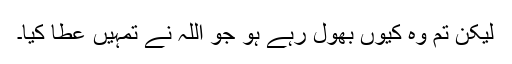
لیکن تم وہ کیوں بھول رہے ہو جو اللہ نے تمہیں عطا کیا۔